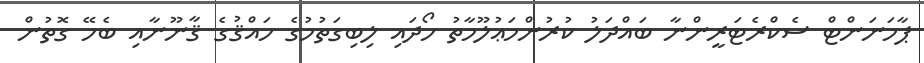
ޕާމަނަންޓް ސެކްރެޓަރީންނާ ބައްދަލު ކުރުންމަޢުލޫމާތު ހޯދައި ލިބިގަތުމުގެ ހައްޤުގެ ޤާނޫނާއި ބެހޭ ގޮތުން